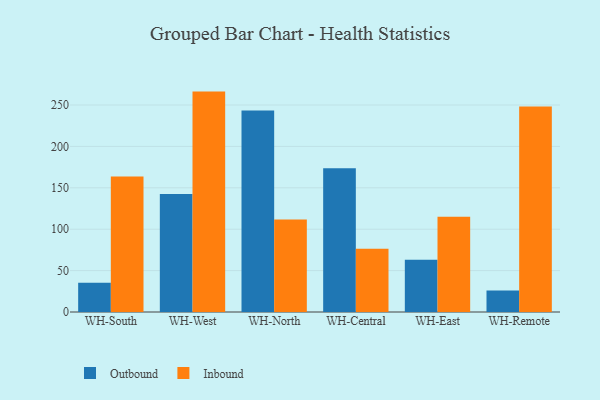
{"axis": {"x": "Warehouse", "y": "Population (Million)"}, "legend": ["Inbound", "Outbound"], "data": [{"x": "WH-South", "y": 35.4, "type": "Outbound"}, {"x": "WH-South", "y": 163.7, "type": "Inbound"}, {"x": "WH-West", "y": 142.6, "type": "Outbound"}, {"x": "WH-West", "y": 266.2, "type": "Inbound"}, {"x": "WH-North", "y": 243.3, "type": "Outbound"}, {"x": "WH-North", "y": 111.7, "type": "Inbound"}, {"x": "WH-Central", "y": 173.6, "type": "Outbound"}, {"x": "WH-Central", "y": 76.5, "type": "Inbound"}, {"x": "WH-East", "y": 63.2, "type": "Outbound"}, {"x": "WH-East", "y": 115.0, "type": "Inbound"}, {"x": "WH-Remote", "y": 25.9, "type": "Outbound"}, {"x": "WH-Remote", "y": 248.3, "type": "Inbound"}]}